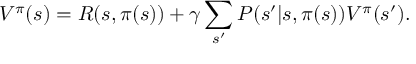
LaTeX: V ^ { \pi } ( s ) = R ( s , \pi ( s ) ) + \gamma \sum _ { s ^ { \prime } } P ( s ^ { \prime } | s , \pi ( s ) ) V ^ { \pi } ( s ^ { \prime } ) .